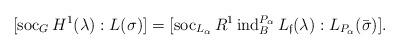
LaTeX: \begin{align*}[\operatorname{soc}_{G}H^{1}(\lambda):L(\sigma)]=[\operatorname{soc}_{L_{\alpha}} R^{1}\operatorname{ind}_{B}^{P_{\alpha}}L_{\mathfrak f}(\lambda):L_{P_{\alpha}}(\bar{\sigma})].\end{align*}